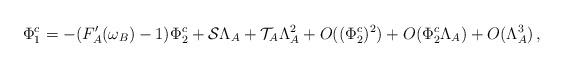
LaTeX: \begin{align*}\Phi_1^c &=-(F'_A(\omega_B)-1)\Phi_2^c+\mathcal{S}\Lambda_A+\mathcal{T}_A\Lambda_A^2+O((\Phi_2^c)^2)+O(\Phi_2^c\Lambda_A)+O(\Lambda_A^3)\,,\end{align*}